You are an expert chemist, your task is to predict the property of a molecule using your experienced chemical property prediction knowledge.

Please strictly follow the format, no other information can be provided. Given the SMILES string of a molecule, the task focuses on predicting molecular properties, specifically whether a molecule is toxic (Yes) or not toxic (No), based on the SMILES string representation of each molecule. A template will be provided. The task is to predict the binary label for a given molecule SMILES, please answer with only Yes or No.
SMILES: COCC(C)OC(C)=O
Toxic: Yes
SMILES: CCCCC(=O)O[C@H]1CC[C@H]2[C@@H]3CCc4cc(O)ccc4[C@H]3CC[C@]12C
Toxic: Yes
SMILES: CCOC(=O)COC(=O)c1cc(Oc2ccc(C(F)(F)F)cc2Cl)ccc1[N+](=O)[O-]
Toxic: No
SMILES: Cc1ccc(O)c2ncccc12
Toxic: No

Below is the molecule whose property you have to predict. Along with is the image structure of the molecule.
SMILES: O=[N+]([O-])c1ccc(O)cc1C(F)(F)F
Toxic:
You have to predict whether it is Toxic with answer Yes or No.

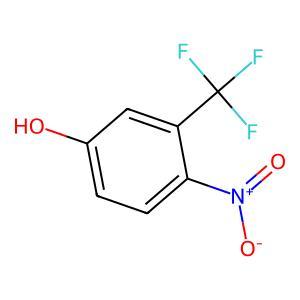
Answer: No